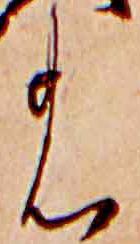
の